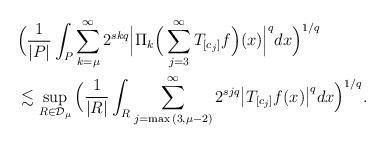
LaTeX: \begin{align*}&\Big(\frac{1}{|P|}\int_P{\sum_{k=\mu}^{\infty}{2^{skq}\Big|\Pi_k\Big(\sum_{j=3}^{\infty}{T_{[c_j]}f} \Big)(x) \Big|^q}}dx \Big)^{1/q}\\ &\lesssim \sup_{R\in\mathcal{D}_{\mu}}{\Big( \dfrac{1}{|R|}\int_R{\sum_{j=\max{(3,\mu-2)}}^{\infty}{2^{sjq}\big|T_{[c_j]}f(x) \big|^q}}dx \Big)^{1/q}}.\end{align*}